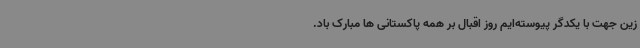
زین جهت با یکدگر پیوسته‌ایم روز اقبال بر همه پاکستانی ها مبارک باد.